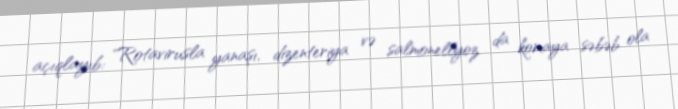
açıqlayıb: "Rotavirusla yanaşı, dizenteriya və salmonellyoz da komaya səbəb ola